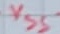
Text: VSS